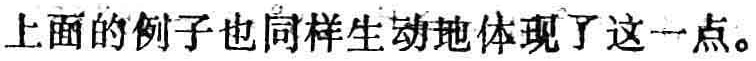
上面的例子也同样生动地体现了这一点。